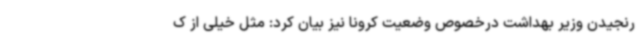
رنجیدن وزیر بهداشت درخصوص وضعیت کرونا نیز بیان کرد: مثل خیلی از ک